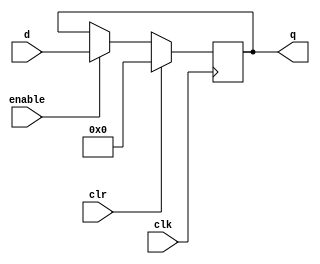
module outport(
    input wire clk,         // clock signal
    input wire clr,         // clear signal
    input wire enable,      // write/enable signal
    input wire [31:0] d,    // 32-bit input from bus
    output reg [31:0] q     // 32-bit output to output unit
);

	// Initialize output to 0
	initial q = 0;

	// Register behavior
	always @ (posedge clk) begin
		if (clr)
			q <= 0;
		else if (enable)
			q <= d;
	end

endmodule

module inport(
    input wire clk,         // clock signal
    input wire clr,         // clear signal
    input wire enable,      // write/enable signal
    input wire [31:0] d,    // 32-bit input from input device
    output reg [31:0] q     // 32-bit output to bus
);

	// Initialize output to 0
	initial q = 0;

	// Register behavior
	always @ (posedge clk) begin
		if (clr)
			q <= 0;
		else if (enable)
			q <= d;
	end

endmodule